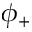
\phi _ { + }